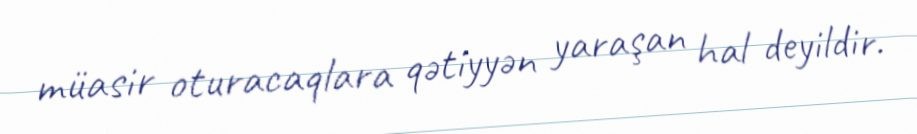
müasir oturacaqlara qətiyyən yaraşan hal deyildir.